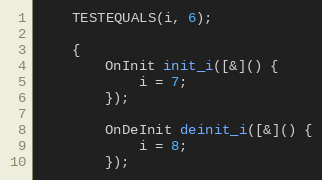
Language: C++
	TESTEQUALS(i, 6);

	{
		OnInit init_i([&]() {
			i = 7;
		});

		OnDeInit deinit_i([&]() {
			i = 8;
		});